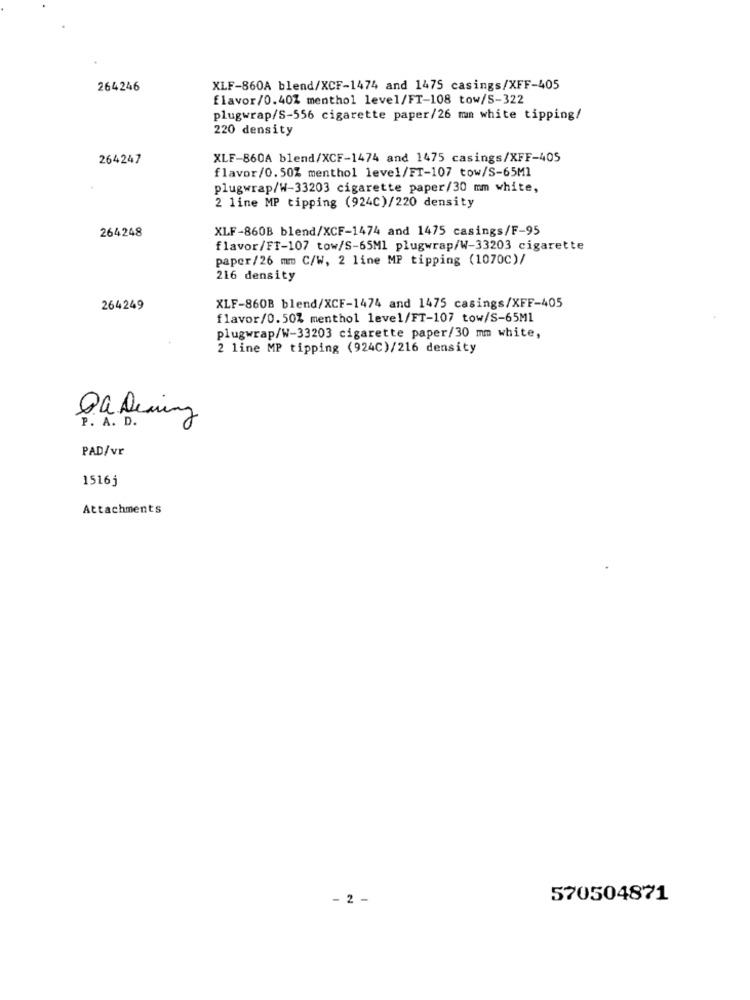
264246
XLF-860A blend/XCF-1474 and 1475 casings/XFF-405
flavor/0.40% menthol level/FT-108 tow/S-322
plugwrap/S-556 cigarette paper/26 mm white tipping/
220 density
264247
XLF-860A blend/XCF-1474 and 1475 casings/XFF-405
flavor/0.50% menthol level/FT-107 tow/S-65Ml
plugwrap/W-33203 cigarette paper/30 mm white,
2 line MP tipping (924C)/220 density
264248
XLF-860B blend/XCF-1474 and 1475 casings/F-95
flavor/FT-107 tow/S-65Ml plugwrap/W-33203 cigarette
paper/26 mm C/W, 2 line MP tipping (1070C)/
216 density
264249
XLF-860B blend/XCF-1474 and 1475 casings/XFF-405
flavor/0.50% menthol level/FT-107 tow/S-65M1
plugwrap/W-33203 cigarette paper/30 mm white,
2 line MP tipping (924C)/216 density
Oa. Dearing
P. A. D.
PAD/vr
1516j
Attachments
- 2 -
570504871